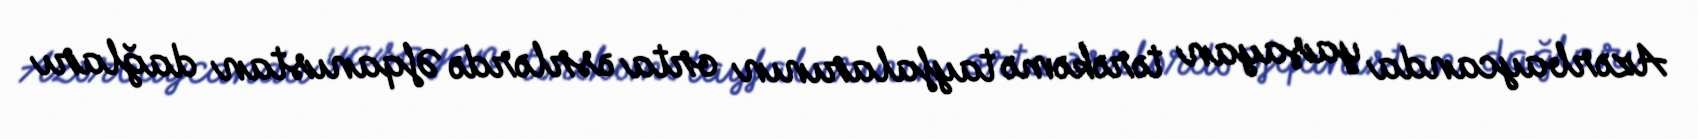
Azərbaycanda yaşayan tərəkəmə tayfalarının orta əsrlərdə Əfqanıstan dağları